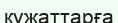
кұжаттарға